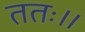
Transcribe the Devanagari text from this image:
ततः।।